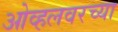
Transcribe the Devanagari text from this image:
ओव्हलवरच्या